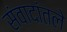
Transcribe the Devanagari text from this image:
संवादांतले